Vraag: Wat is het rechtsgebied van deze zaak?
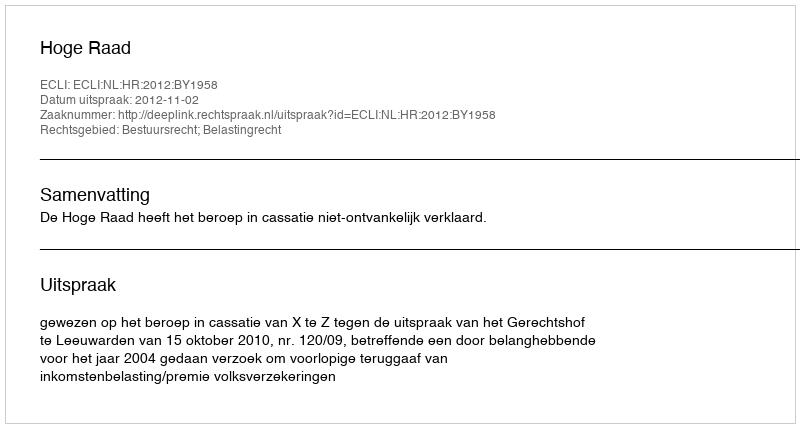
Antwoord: Bestuursrecht; Belastingrecht